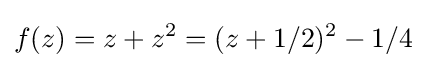
f(z)=z+z^{2}=(z+1/2)^{2}-1/4